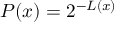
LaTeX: P ( x ) = 2 ^ { - L ( x ) }